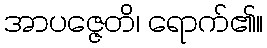
အာပဇ္ဇေတိ၊ ရောက်၏။